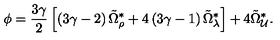
\phi = \frac { 3 \gamma } { 2 } \left[ \left( 3 \gamma - 2 \right) \tilde { \Omega } _ { \rho } ^ { \ast } + 4 \left( 3 \gamma - 1 \right) \tilde { \Omega } _ { \lambda } ^ { \ast } \right] + 4 \tilde { \Omega } _ { \cal U } ^ { \ast } .